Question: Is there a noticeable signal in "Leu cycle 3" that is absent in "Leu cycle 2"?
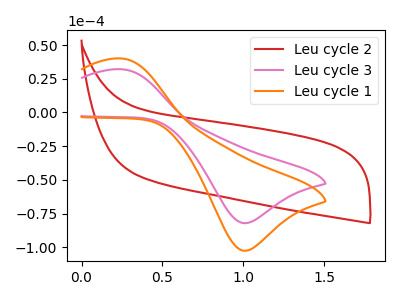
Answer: <think>The red curve "Leu cycle 2" has no peaks. The pink curve "Leu cycle 3" has an anodic peak at (0.25V, 32.05uA) and a cathodic peak at (1.00V, -82.10uA). The orange curve "Leu cycle 1" has an anodic peak at (0.25V, 40.00uA) and a cathodic peak at (1.00V, -102.55uA).
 "Leu cycle 3" and "Leu cycle 2" have a different number of peaks.</think>
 <answer>Yes, "Leu cycle 3" and "Leu cycle 2" are different in shape.</answer>
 <eval>yes_change</eval>